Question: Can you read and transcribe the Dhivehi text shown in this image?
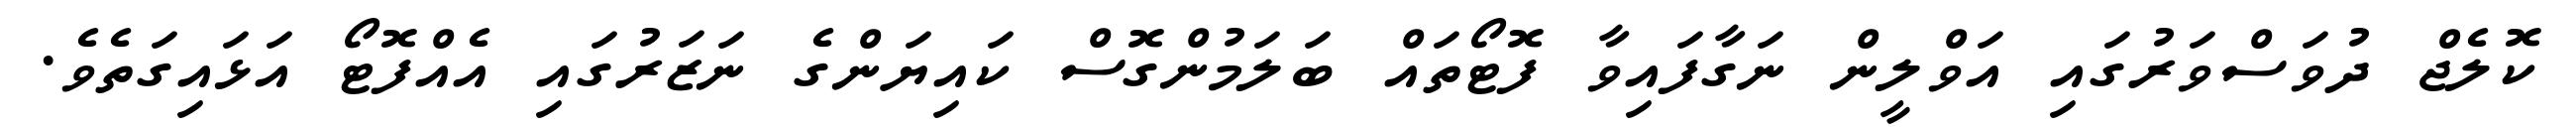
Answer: ކޮލެޖް ދުވަސްވަރުގައި އަވްލީން ނަގާފައިވާ ފޮޓޯތައް ބަލަމުންގޮސް ކައިޔަންގެ ނަޒަރުގައި އެއްފޮޓޯ އަޅައިގަތެވެ.